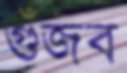
গুঁজব